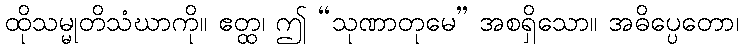
ထိုသမ္မုတိသံဃာကို။ ဧတ္ထ၊ ဤ “သုဏာတုမေ” အစရှိသော။ အဓိပ္ပေတော၊